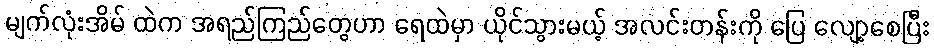
မျက်လုံးအိမ် ထဲက အရည်ကြည်တွေဟာ ရေထဲမှာ ယိုင်သွားမယ့် အလင်းတန်းကို ပြေ လျော့စေပြီး